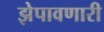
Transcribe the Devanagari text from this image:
झेपावणारी